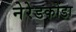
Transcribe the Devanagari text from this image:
नेरेडकोंडा